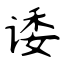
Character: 诿